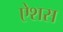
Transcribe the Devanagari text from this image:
ऐशस